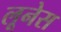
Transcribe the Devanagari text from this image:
लूनेस